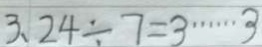
3 、 2 4 \div 7 = 3 \cdots 3